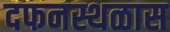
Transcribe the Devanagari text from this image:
दफनस्थळास